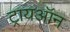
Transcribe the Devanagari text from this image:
ट्रायऑन